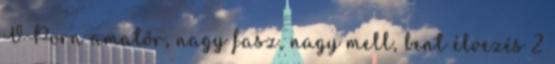
VPorn amatőr, nagy fasz, nagy mell, bent élvezés 2